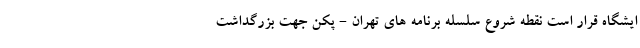
ایشگاه قرار است نقطه شروع سلسله برنامه های تهران - پکن جهت بزرگداشت